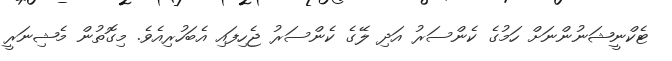
ޓެކްނީޝަނުންނަށް ހަމުގެ ކެންސަރު އަދި ލޭގެ ކެންސަރު ޖެހިފައި އެބަހުރިއެވެ. މިގޮތުން މެޝިނަރީ